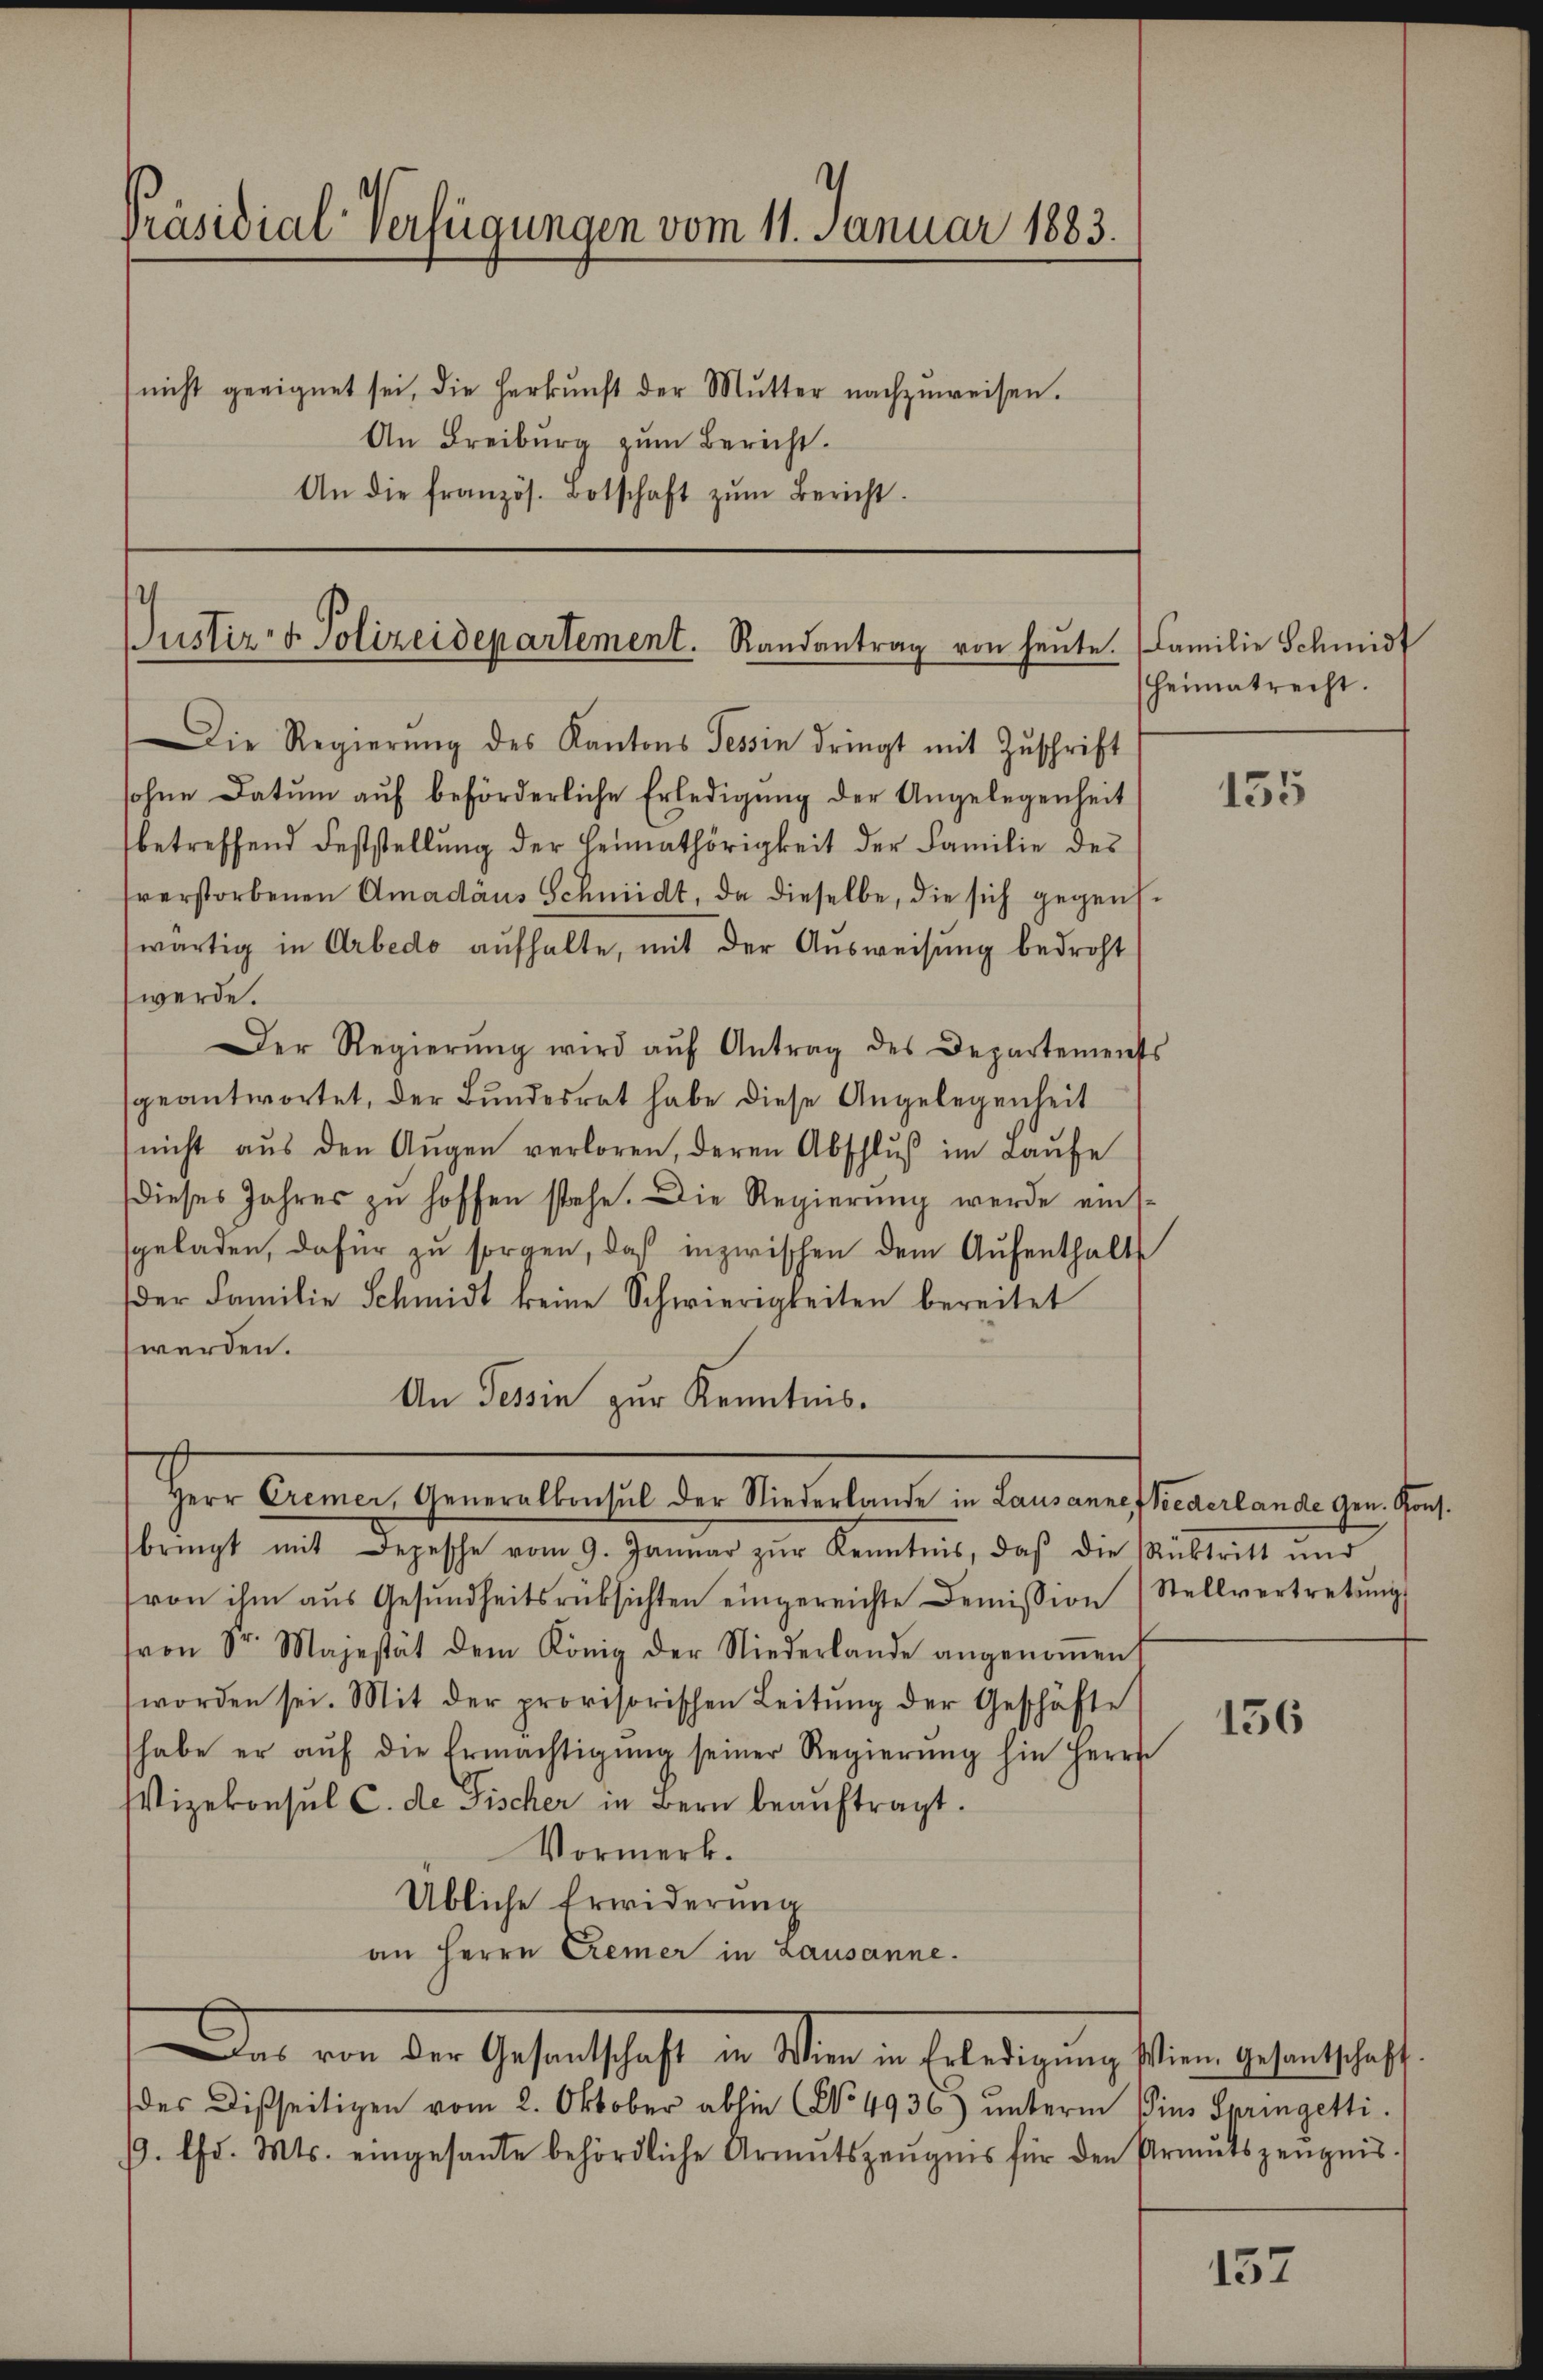
Präsidial-Verfügungen vom 11. Januar 1883.
(nicht geeignet sei, die herkŭnft der Mŭtter nachzŭweisen.
An Freiburg zum Bericht.
An die französ. Botschaft zŭm Bericht.

Justiz- & Polizeidepartement. Randantrag von heute. Familie Schmidt

Die Regierŭng des Kantons Tessin dringt mit Zŭschrift
sohne Datum auf beförderliche Erledigung der Angelegenheit
betreffend Feststellung der Heimathörigkeit der Familie des
sverstorbenen Amadäus Schmidt, da dieselbe, die sich gegenswärtig in Arbedo aufhalte, mit der Ausweisung bedroht
werde.
Der Regierŭng wird aŭf Antrag des Departements
geantwortet, der Bundesrat habe diese Angelegenheit
nicht aus den Augen verloren, deren Abschluß im Laufe
dieses Jahres zu hoffen stehe. Die Regierung werde einssgeladen, dafür zu sorgen, daß inzwischen dem Aufenthalts
er Familie Schmidt keine Schwierigkeiten bereitet
werden.
An Tessin zur Kenntnis.
Her Canonen Gemeintrahl die Meierten in Landeren kamenten eigen des
bringt mit Depesche vom 9. Januar zŭr Kenntnis, daβ die Rücktritt und
von ihm aŭs Gesŭndheitsrüksichten eingereichte Demission Stellvertretŭng
von Sr. Majestät dem König der Niederlande angenoṁen.
worden sei. Mit der provisorischen Leitŭng der Geschäfte
habe er aŭf die Ermächtigŭng seiner Regierŭng hin herrs
WVizekonsul C. de Fischer in Bern beauftragt.
Vormerk.
Übliche Erwiderung
an Herrn Cremer in Lausanne.
Das von der Gesentschaft in Wien in Erledigung den gelandschaft.
des Disseitigen vom 2. Oktober ablie (No 4936) unterm ins Springetti.
9. Chr. Mts. eingesante behördliche Armutszeŭgnis für den Armutszeŭgnis.

Heimatrecht.

155

156

157